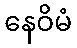
နေဝိမံ